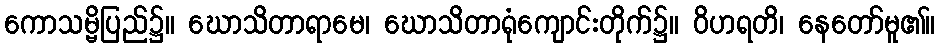
ကောသမ္ဗိပြည်၌။ ဃောသိတာရာမေ၊ ဃောသိတာရုံကျောင်းတိုက်၌။ ဝိဟရတိ၊ နေတော်မူ၏။